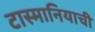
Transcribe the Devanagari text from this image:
टास्मानियाची